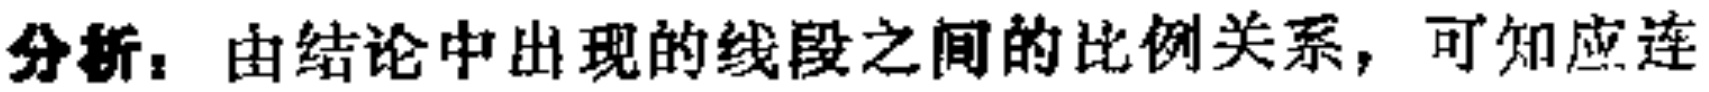
分析：由结论中出现的线段之间的比例关系，可知应连